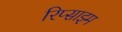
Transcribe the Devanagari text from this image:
रिप्साइम